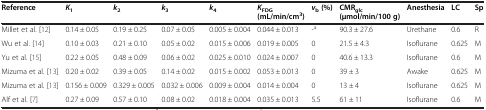
| Reference | K1 | k2 | k3 | k4 | KFDG (mL/min/cm3) | vb (%) | CMRglc (μmol/min/100 g) | Anesthesia | LC | Sp |
 | --- | --- | --- | --- | --- | --- | --- | --- | --- | --- | --- |
 | Millet et al. [12] | 0.14 ± 0.05 | 0.19 ± 0.25 | 0.07 ± 0.05 | 0.005 ± 0.004 | 0.044 ± 0.013 | -a | 90.3 ± 27.6 | Urethane | 0.6 | R |
 | Wu et al. [14] | 0.10 ± 0.03 | 0.21 ± 0.10 | 0.05 ± 0.02 | 0.015 ± 0.006 | 0.019 ± 0.005 | 0 | 21.5 ± 4.3 | Isoflurane | 0.625 | M |
 | Yu et al. [15] | 0.22 ± 0.05 | 0.48 ± 0.09 | 0.06 ± 0.02 | 0.025 ± 0.010 | 0.024 ± 0.007 | 0 | 40.6 ± 13.3 | Isoflurane | 0.6 | M |
 | Mizuma et al. [13] | 0.20 ± 0.02 | 0.39 ± 0.05 | 0.14 ± 0.02 | 0.015 ± 0.002 | 0.053 ± 0.013 | 0 | 39 ± 3 | Awake | 0.625 | M |
 | Mizuma et al. [13] | 0.156 ± 0.009 | 0.329 ± 0.005 | 0.032 ± 0.006 | 0.009 ± 0.004 | 0.014 ± 0.004 | 0 | 13 ± 4 | Isoflurane | 0.625 | M |
 | Alf et al. [7] | 0.27 ± 0.09 | 0.57 ± 0.10 | 0.08 ± 0.02 | 0.018 ± 0.004 | 0.035 ± 0.013 | 5.5 | 61 ± 11 | Isoflurane | 0.6 | M |